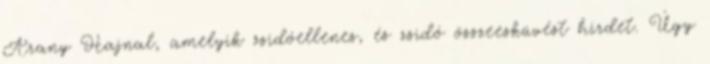
Arany Hajnal, amelyik zsidóellenes, és zsidó összeesküvést hirdet. Úgy